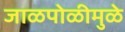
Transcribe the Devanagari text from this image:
जाळपोळीमुळे